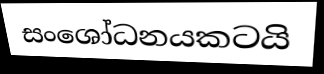
සංශෝධනයකටයි